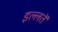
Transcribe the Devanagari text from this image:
इल्लतें